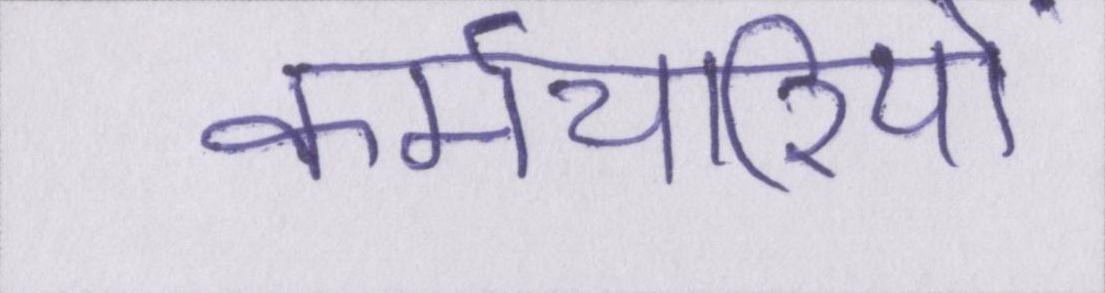
कर्मचारियों